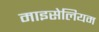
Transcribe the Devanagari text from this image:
माइसेलियम